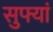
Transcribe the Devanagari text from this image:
सुफ्यां